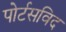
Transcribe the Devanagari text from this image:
पोर्टसविद